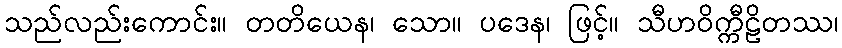
သည်လည်းကောင်း။ တတိယေန၊ သော။ ပဒေန၊ ဖြင့်။ သီဟဝိက္ကီဠိတဿ၊